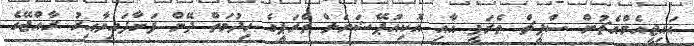
އައިޖީއެމްއެޗުން ސްޕީޗް ތެރަޕީ އާއި އޮކިއުޕޭޝަނަލް ތެރަޕީގެ ހިދުމަތް ދޭން ފަށާފައިވާއިރު ރާއްޖޭގެ